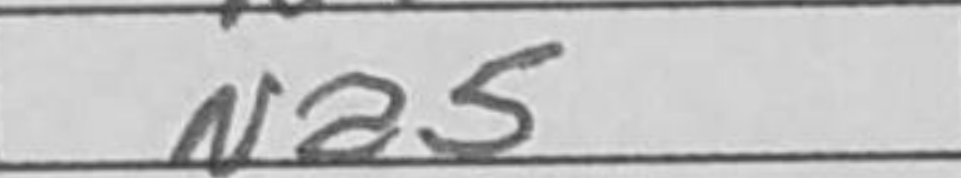
Transcription: Na5